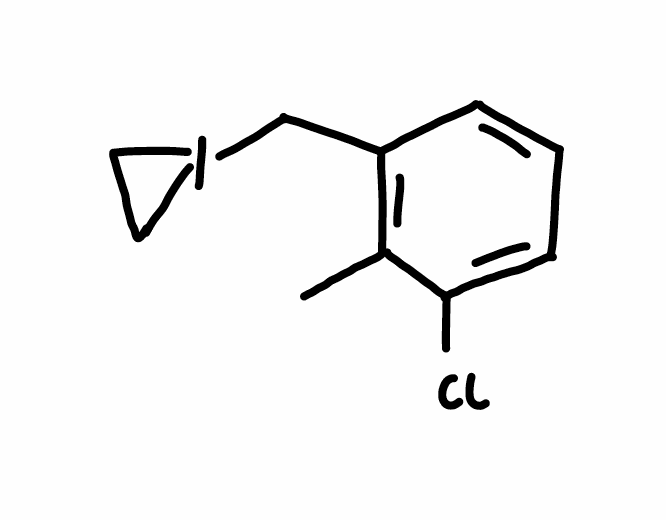
Simplified molecular-input line-entry system (SMILES) notation of the given molecule:
CC1=C(C=CC=C1Cl)CI2CC2